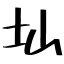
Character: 圸